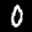
Digit: 0